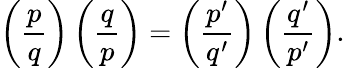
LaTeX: \left({\frac{p}{q}}\right)\left({\frac{q}{p}}\right)=\left({\frac{p^{\prime}}{q^{\prime}}}\right)\left({\frac{q^{\prime}}{p^{\prime}}}\right).